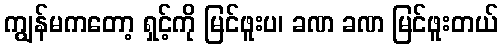
ကျွန်မကတော့ ရှင့်ကို မြင်ဖူးပ၊ ခဏ ခဏ မြင်ဖူးတယ်